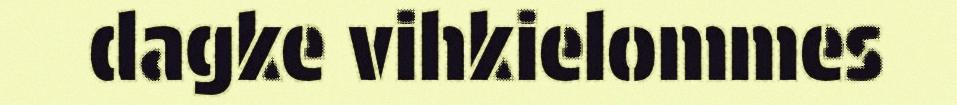
dagke vihkielommes